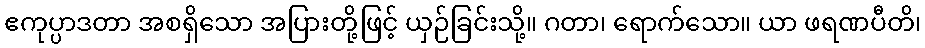
ဧကုပ္ပာဒတာ အစရှိသော အပြားတို့ဖြင့် ယှဉ်ခြင်းသို့။ ဂတာ၊ ရောက်သော။ ယာ ဖရဏပီတိ၊